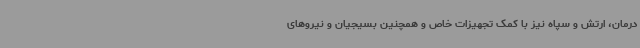
درمان، ارتش و سپاه نیز با کمک تجهیزات خاص و همچنین بسیجیان و نیروهای